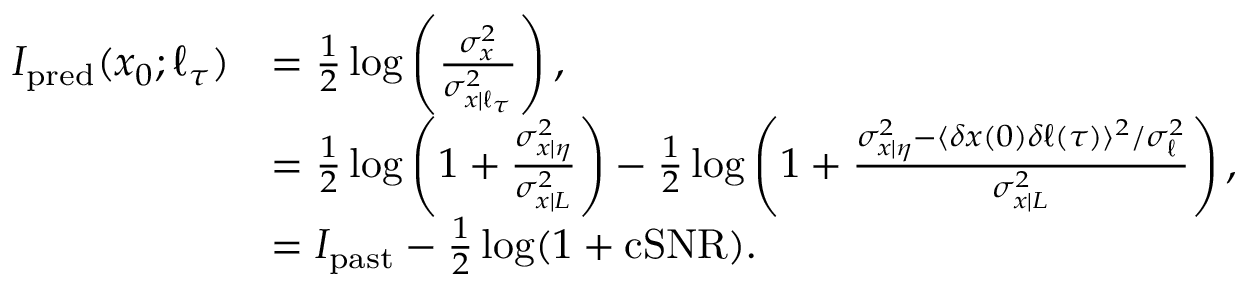
\begin{array} { r l } { I _ { \mathrm { p r e d } } ( x _ { 0 } ; \ell _ { \tau } ) } & { = \frac { 1 } { 2 } \log \left( \frac { \sigma _ { x } ^ { 2 } } { \sigma _ { x | \ell _ { \tau } } ^ { 2 } } \right) , } \\ & { = \frac { 1 } { 2 } \log \left( 1 + \frac { \sigma _ { x | \eta } ^ { 2 } } { \sigma _ { x | L } ^ { 2 } } \right) - \frac { 1 } { 2 } \log \left( 1 + \frac { \sigma _ { x | \eta } ^ { 2 } - \langle \delta x ( 0 ) \delta \ell ( \tau ) \rangle ^ { 2 } / \sigma _ { \ell } ^ { 2 } } { \sigma _ { x | L } ^ { 2 } } \right) , } \\ & { = I _ { \mathrm { p a s t } } - \frac { 1 } { 2 } \log ( 1 + \mathrm { c S N R } ) . } \end{array}